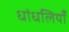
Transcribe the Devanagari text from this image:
धांधलियाँ